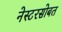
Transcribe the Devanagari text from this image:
नेस्टरसोबत